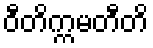
ဝီတိက္ကမတီတိ